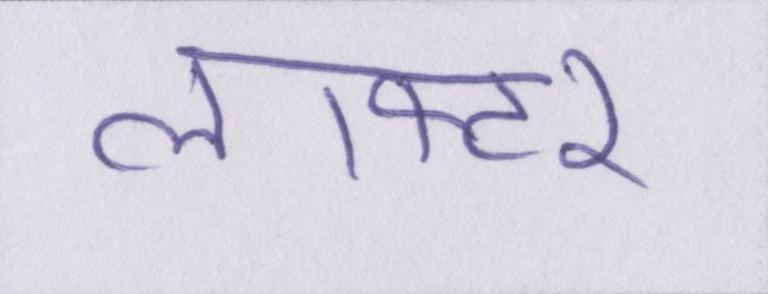
लाफ्टर